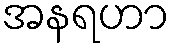
အနရဟာ